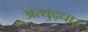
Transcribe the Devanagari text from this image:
अत्थुद्धार